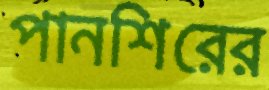
পানশিরের